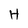
Character: H